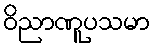
ဝိညာဏူပသမာ